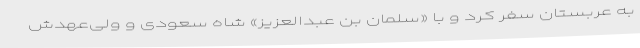
به عربستان سفر کرد و با «سلمان بن عبدالعزیز» شاه سعودی و ولی‌عهدش